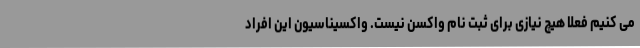
می کنیم فعلا هیچ نیازی برای ثبت نام واکسن نیست. واکسیناسیون این افراد